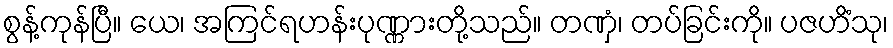
စွန့်ကုန်ပြီ။ ယေ၊ အကြင်ရဟန်းပုဏ္ဏားတို့သည်။ တဏှံ၊ တပ်ခြင်းကို။ ပဇဟိံသု၊